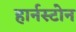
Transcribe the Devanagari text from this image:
हार्नस्टोन